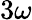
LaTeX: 3\omega